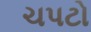
ચપટો